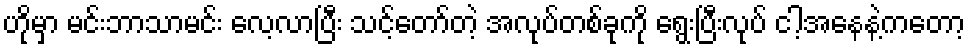
ဟိုမှာ မင်းဘာသာမင်း လေ့လာပြီး သင့်တော်တဲ့ အလုပ်တစ်ခုကို ရွေးပြီးလုပ် ငါ့အနေနဲ့ကတော့